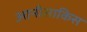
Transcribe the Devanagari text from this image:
आनीसाकिस